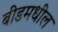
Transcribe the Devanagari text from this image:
बीडमधील